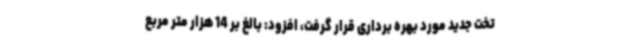
تخت جدید مورد بهره برداری قرار گرفت، افزود: بالغ بر 14 هزار متر مربع